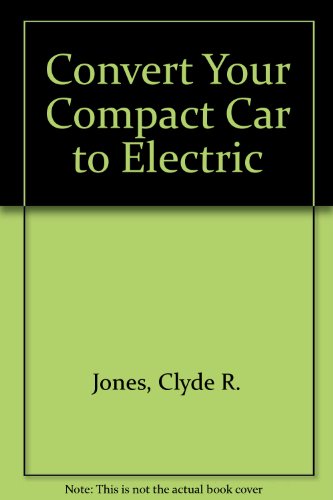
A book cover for Convert Your Compact Car to Electric; Clyde R. Jones; Engineering & Transportation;